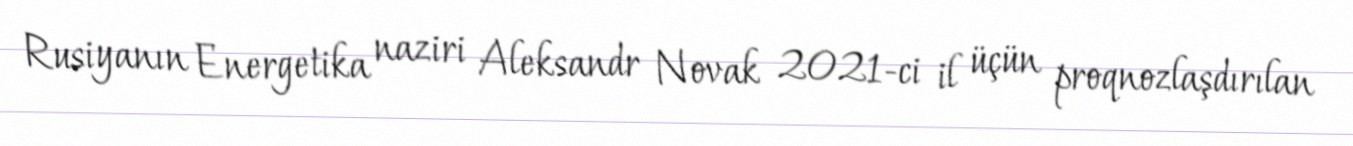
Rusiyanın Energetika naziri Aleksandr Novak 2021-ci il üçün proqnozlaşdırılan